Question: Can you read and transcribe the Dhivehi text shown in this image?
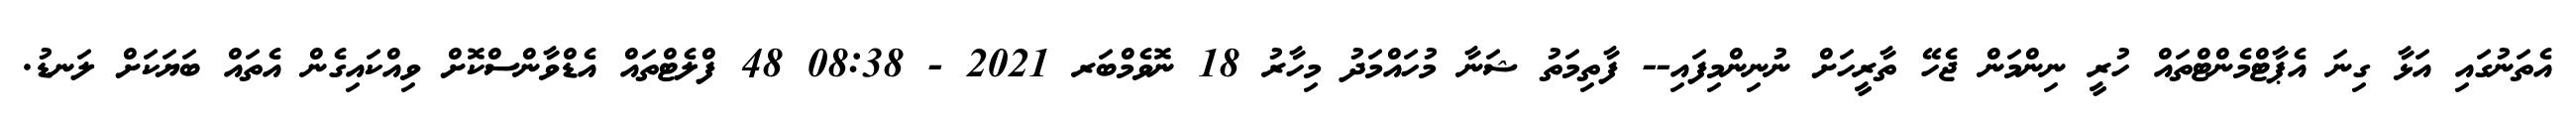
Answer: އެތަނުގައި އަޅާ ގިނަ އެޕާޓްމެންޓްތައް ހުރީ ނިންމަން ޖެހޭ ތާރީހަށް ނުނިންމިފައި-- ފާތިމަތު ޝަނާ މުހައްމަދު މިހާރު 18 ނޮވެމްބަރ 2021 - 08:38 48 ފްލެޓްތައް އެޑްވާންސްކޮށް ވިއްކައިގެން އެތައް ބަޔަކަށް ލަނޑު.